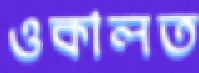
ওকালত